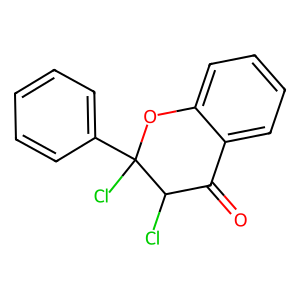
SMILES: O=C1c2ccccc2OC(Cl)(c2ccccc2)C1Cl
Inhibits HIV replication: No